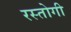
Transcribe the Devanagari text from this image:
रस्‍तोगी